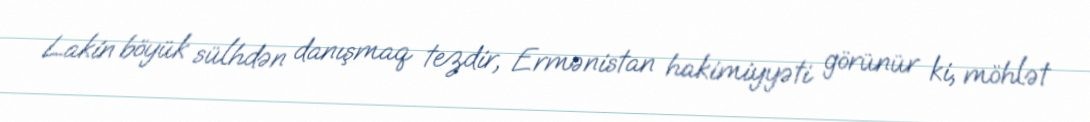
Lakin böyük sülhdən danışmaq tezdir, Ermənistan hakimiyyəti görünür ki, möhlət